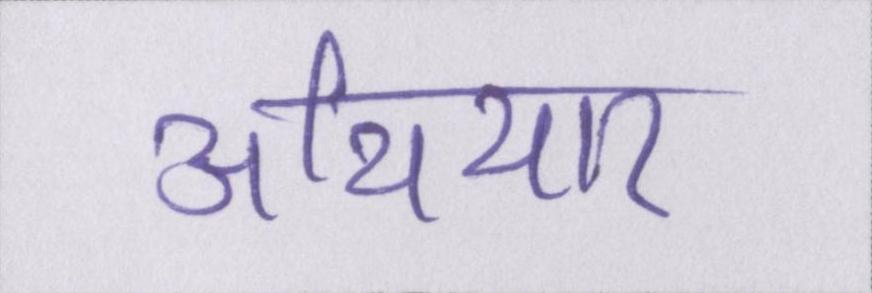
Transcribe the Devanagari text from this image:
अथियार